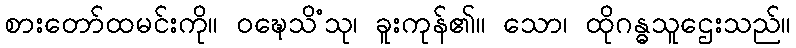
စားတော်ထမင်းကို။ ဝဍ္ဎေသိံသု၊ ခူးကုန်၏။ သော၊ ထိုဂန္ဓသူဌေးသည်။